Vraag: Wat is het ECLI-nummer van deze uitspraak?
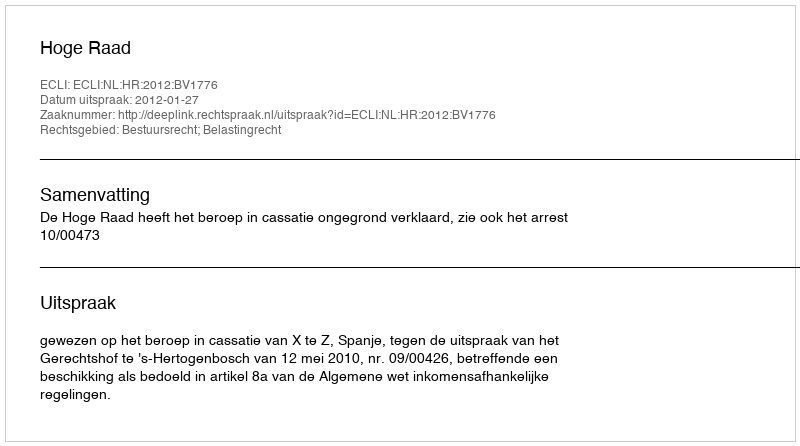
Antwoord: ECLI:NL:HR:2012:BV1776